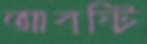
আবষ্টি